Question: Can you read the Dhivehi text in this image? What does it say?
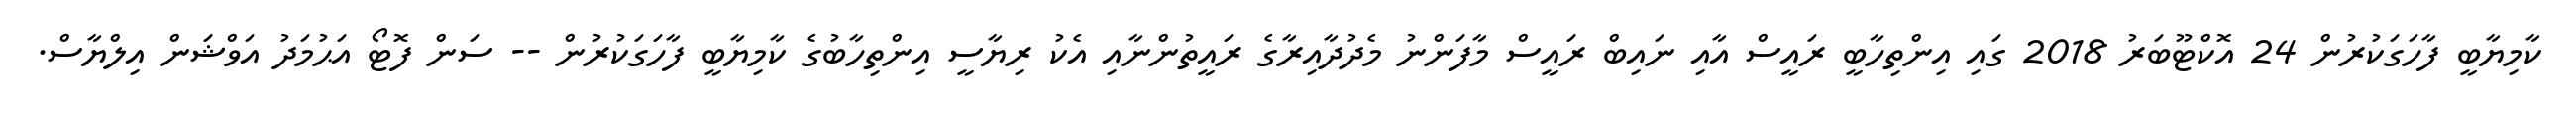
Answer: ކާމިޔާބީ ފާހަގަކުރުން 24 އޮކްޓޫބަރު 2018 ގައި އިންތިހާބީ ރައީސް އާއި ނައިބް ރައީސް މާފަންނު މެދުދާއިރާގެ ރައީތުންނާއި އެކު ރިޔާސީ އިންތިހާބުގެ ކާމިޔާބީ ފާހަގަކުރުން -- ސަން ފޮޓޯ އަޙުމަދު އަވްޝަން އިލްޔާސް.